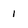
Character: I